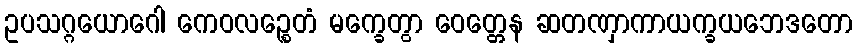
ဥပသဂ္ဂယောဂေါ ကေဝလဉ္စေတံ မက္ခေတွာ ဝေတ္တေန ဆတဏှာကာယက္ခယဘေဒတော